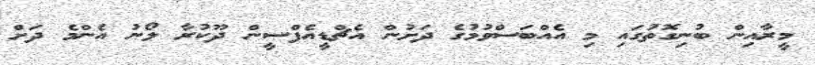
މީރާއިން ބުނިގޮތުގައި މި އެއްބަސްވުމުގެ ދަށުން އެޗްޑީއެފްސީން ދޫކުރާ ލޯނު އެންމެ ދަށް